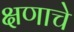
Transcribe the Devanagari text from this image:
क्षणाचे